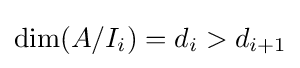
\operatorname {dim} (A/I_{i})=d_{i}>d_{i+1}